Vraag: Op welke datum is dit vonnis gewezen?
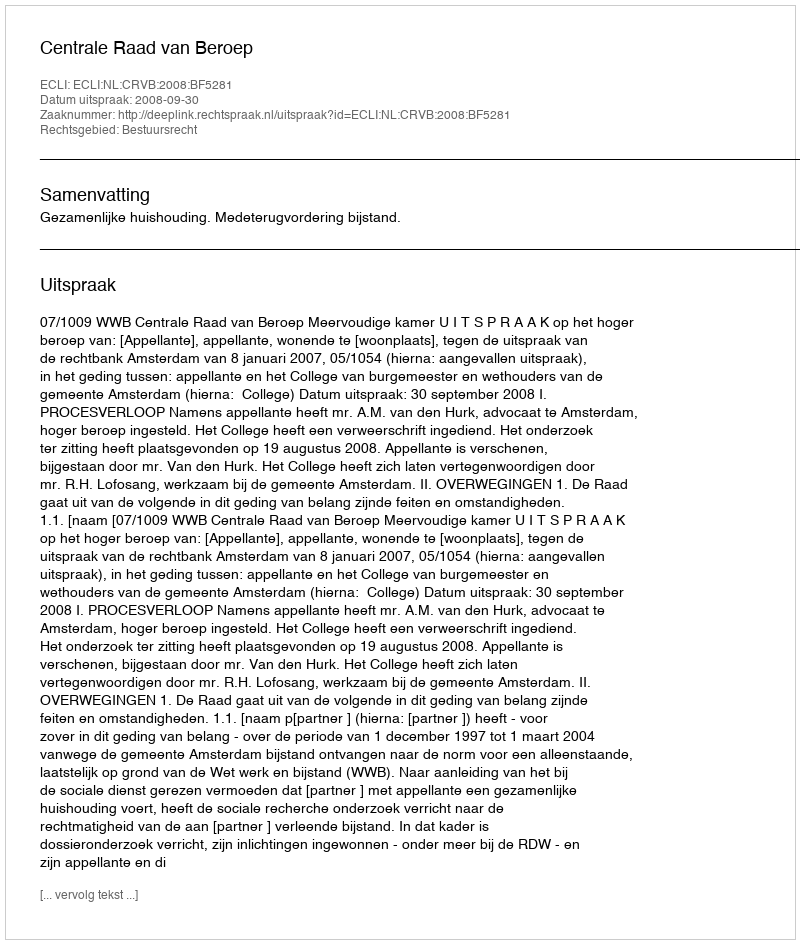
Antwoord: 2008-09-30